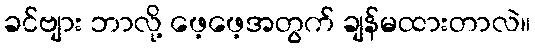
ခင်ဗျား ဘာလို့ ဖေ့ဖေ့အတွက် ချန်မထားတာလဲ။